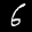
Label: 6